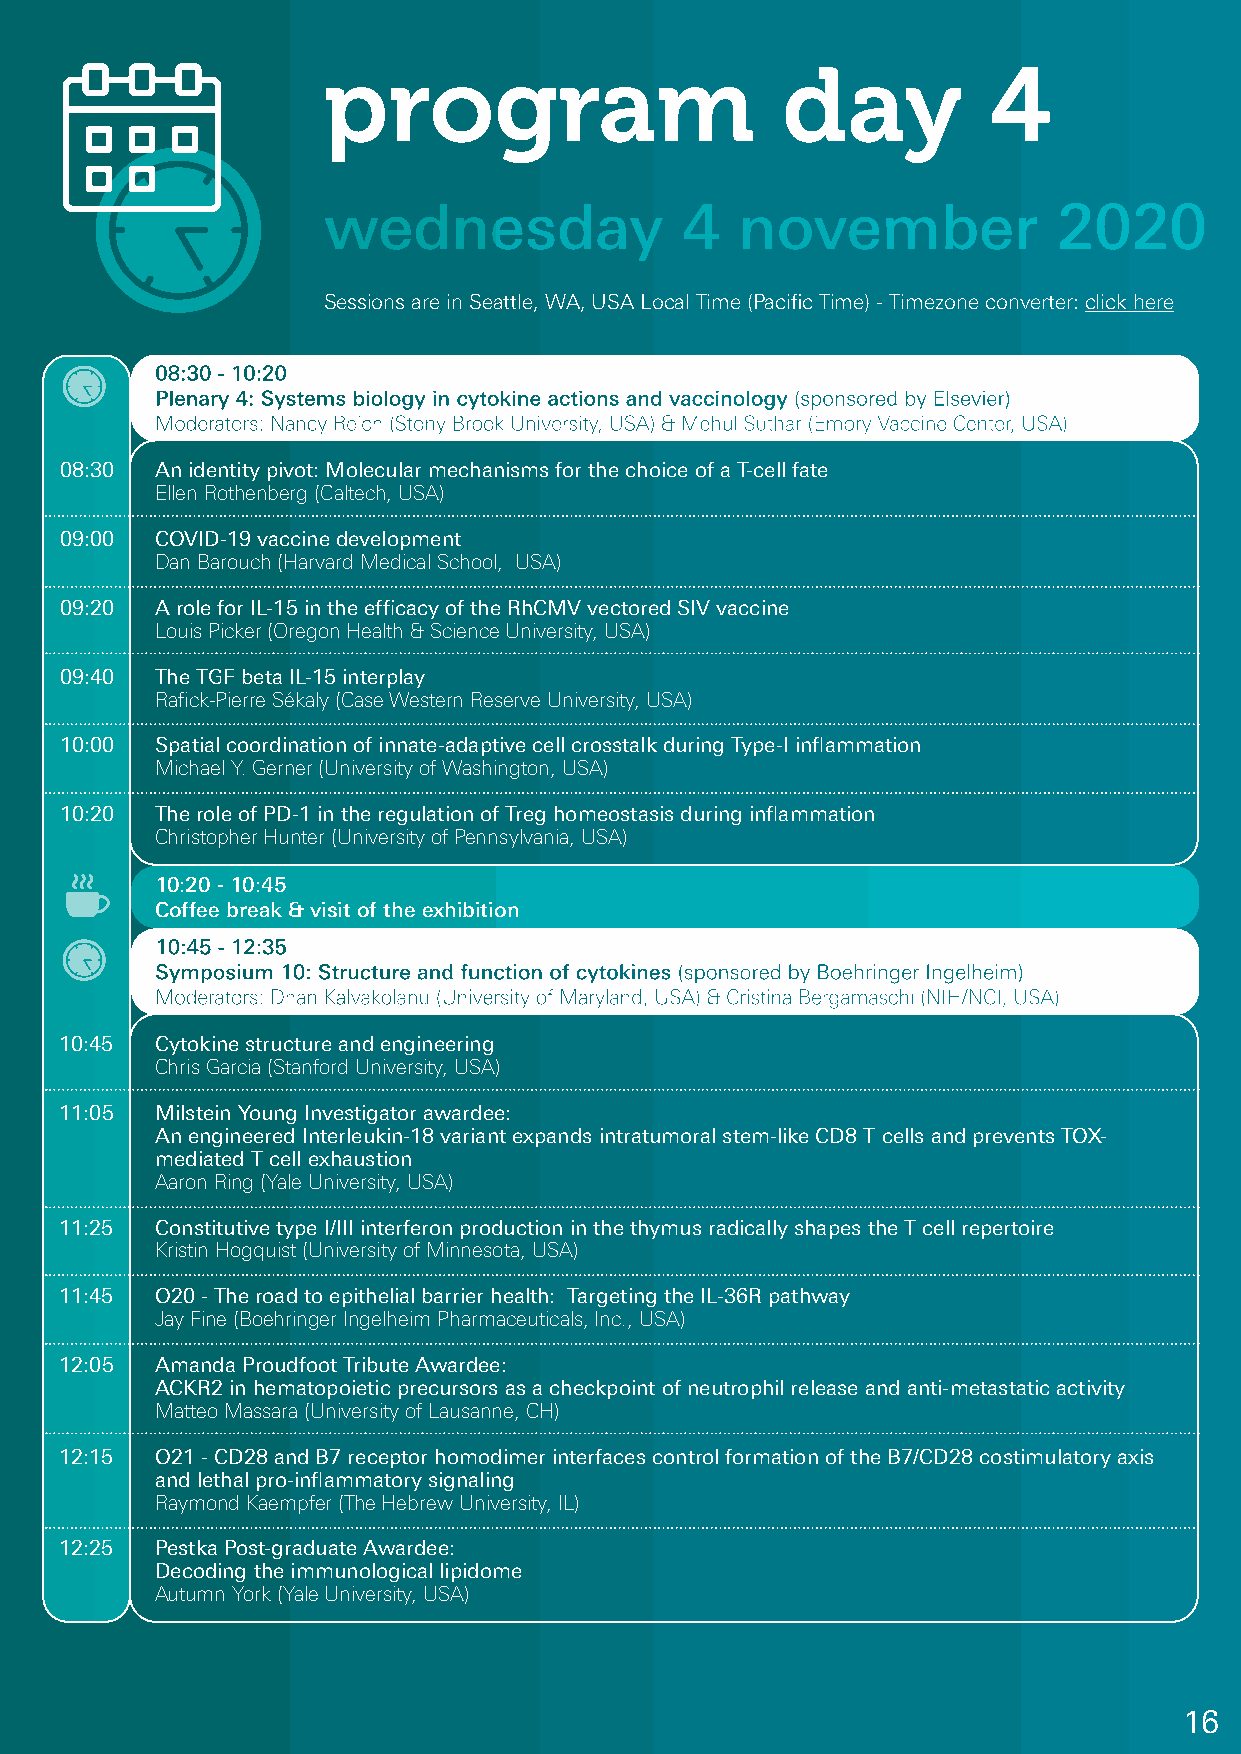
program                        day          4
 wednesday               4   november             2020
 Sessions are in Seattle, WA, USA Local Time (Pacific Time) - Timezone converter: click here
 08:30 - 10:20
 Plenary 4: Systems biology in cytokine actions and vaccinology (sponsored by Elsevier)
 Moderators: Nancy Reich (Stony Brook University, USA) & Mehul Suthar (Emory Vaccine Center, USA)
 08:30 An identity pivot: Molecular mechanisms for the choice of a T-cell fate
 Ellen Rothenberg (Caltech, USA)
 09:00 COVID-19 vaccine development
 Dan Barouch (Harvard Medical School, USA)
 09:20 A role for IL-15 in the efficacy of the RhCMV vectored SIV vaccine
 Louis Picker (Oregon Health & Science University, USA)
 09:40 The TGF beta IL-15 interplay
 Rafick-Pierre Sékaly (Case Western Reserve University, USA)
 10:00 Spatial coordination of innate-adaptive cell crosstalk during Type-I inflammation
 Michael Y. Gerner (University of Washington, USA)
 10:20 The role of PD-1 in the regulation of Treg homeostasis during inflammation
 Christopher Hunter (University of Pennsylvania, USA)
 10:20 - 10:45
 Coffee break & visit of the exhibition
 10:45 - 12:35
 Symposium 10: Structure and function of cytokines (sponsored by Boehringer Ingelheim)
 Moderators: Dhan Kalvakolanu (University of Maryland, USA) & Cristina Bergamaschi (NIH/NCI, USA)
 10:45 Cytokine structure and engineering
 Chris Garcia (Stanford University, USA)
 11:05 Milstein Young Investigator awardee:
 An engineered Interleukin-18 variant expands intratumoral stem-like CD8 T cells and prevents TOX-
 mediated T cell exhaustion
 Aaron Ring (Yale University, USA)
 11:25 Constitutive type I/III interferon production in the thymus radically shapes the T cell repertoire
 Kristin Hogquist (University of Minnesota, USA)
 11:45 O20 - The road to epithelial barrier health: Targeting the IL-36R pathway
 Jay Fine (Boehringer Ingelheim Pharmaceuticals, Inc., USA)
 12:05 Amanda Proudfoot Tribute Awardee:
 ACKR2 in hematopoietic precursors as a checkpoint of neutrophil release and anti-metastatic activity
 Matteo Massara (University of Lausanne, CH)
 12:15 O21 - CD28 and B7 receptor homodimer interfaces control formation of the B7/CD28 costimulatory axis
 and lethal pro-inflammatory signaling
 Raymond Kaempfer (The Hebrew University, IL)
 12:25 Pestka Post-graduate Awardee:
 Decoding the immunological lipidome
 Autumn York (Yale University, USA)
 16